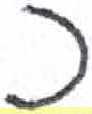
אות: כ